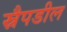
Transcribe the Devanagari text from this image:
स्नैपडील